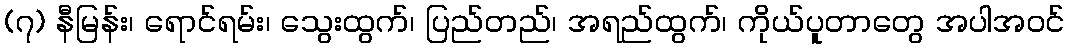
(၇) နီမြန်း၊ ရောင်ရမ်း၊ သွေးထွက်၊ ပြည်တည်၊ အရည်ထွက်၊ ကိုယ်ပူတာတွေ အပါအဝင်